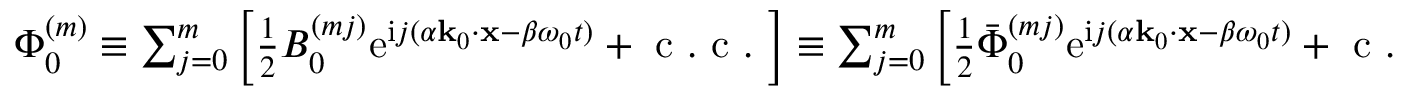
\begin{array} { r } { \Phi _ { 0 } ^ { ( m ) } \equiv \sum _ { j = 0 } ^ { m } \left[ \frac { 1 } { 2 } B _ { 0 } ^ { ( m j ) } \mathrm { e } ^ { \mathrm { i } j ( \alpha \mathbf { k } _ { 0 } \cdot \mathbf { x } - \beta \omega _ { 0 } t ) } + \mathrm { ~ c ~ . ~ c ~ . ~ } \right] \equiv \sum _ { j = 0 } ^ { m } \left[ \frac { 1 } { 2 } \bar { \Phi } _ { 0 } ^ { ( m j ) } \mathrm { e } ^ { \mathrm { i } j ( \alpha \mathbf { k } _ { 0 } \cdot \mathbf { x } - \beta \omega _ { 0 } t ) } + \mathrm { ~ c ~ . ~ c ~ . ~ } \right] . } \end{array}